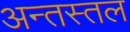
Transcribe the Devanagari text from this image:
अन्तस्तल